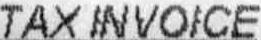
TAX INVOICE